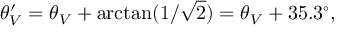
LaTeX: \theta _ { V } ^ { \prime } = \theta _ { V } + \arctan ( 1 / \sqrt { 2 } ) = \theta _ { V } + 3 5 . 3 ^ { \circ } ,